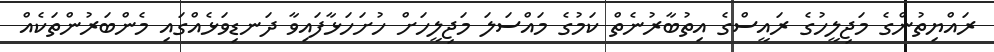
ރައްޔިތުންގެ މަޖިލީހުގެ ރައީސްގެ އިތުބާރުނެތް ކަމުގެ މައްސަލަ މަޖިލީހަށް ހުށަހަޅާފައިވާ ދަނޑިވަޅެއްގައި މެންބަރުންތަކެއް